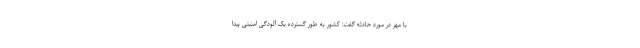
با مهر در مورد حادثه گفت: کشور به طور گسترده یک آلودگی امنیتی پیدا